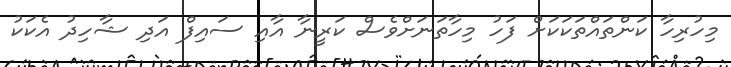
މިހުރިހާ ކަންތައްތަކަކަށް ފަހު މިހާތަނަށްވެސް ކަރީނާ އާއި ސައިފް އަދި ޝާހިދު އެކަކު